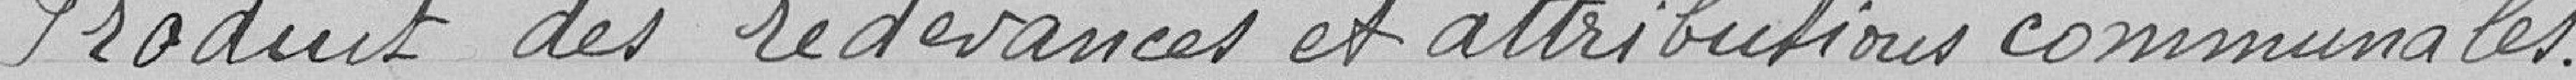
Produit des redevances et attributions communales